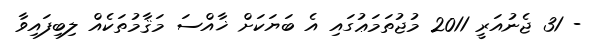
- 31 ޖެނުއަރީ 2011 މުޖުތަމަޢުގައި އެ ބަޔަކަށް ޚާއްސަ މަޤާމުތަކެއް ލިބިފައިވާ